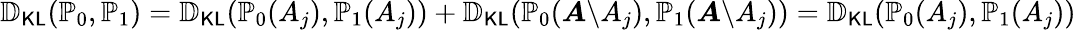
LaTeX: \mathbb{D}_{\mathsf{KL}}(\mathbb{P}_{0},\mathbb{P}_{1})=\mathbb{D}_{\mathsf{KL}}(\mathbb{P}_{0}(A_{j}),\mathbb{P}_{1}(A_{j}))+\mathbb{D}_{\mathsf{KL}}(\mathbb{P}_{0}({\boldsymbol A}\backslash A_{j}),\mathbb{P}_{1}({\boldsymbol A}\backslash A_{j}))=\mathbb{D}_{\mathsf{KL}}(\mathbb{P}_{0}(A_{j}),\mathbb{P}_{1}(A_{j}))